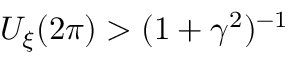
U _ { \xi } ( 2 \pi ) > ( 1 + \gamma ^ { 2 } ) ^ { - 1 }